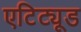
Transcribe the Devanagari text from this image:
एटिट्यूड